Medical and sanitary report of the native army of Madras for the year
Year: 1878
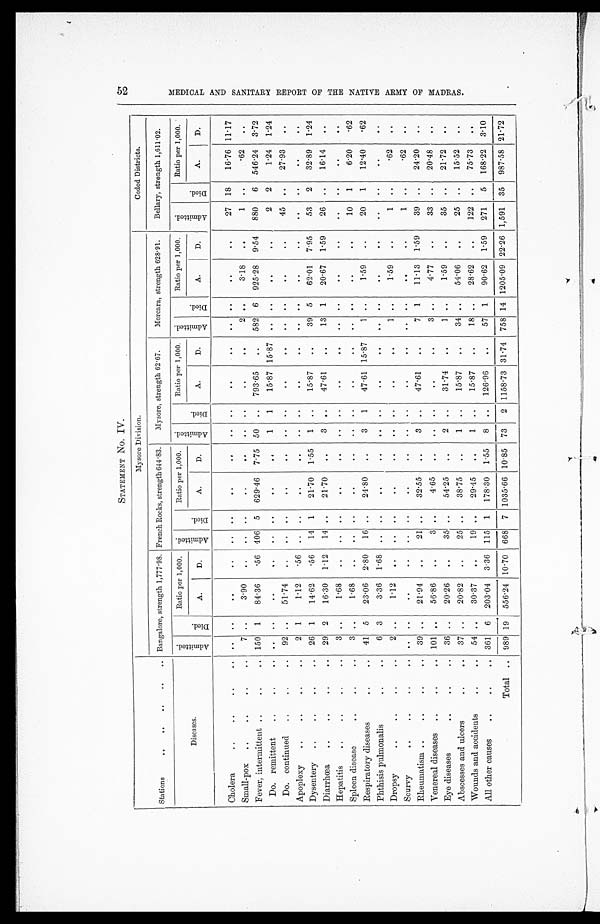
STATEMENT No. IV.
Stations . . .
Mysore Division.
Ceded Districts.
Bangalore, strength 1,777.98. French Rocks, strength 644.83.
Mysore, strength 62.67.
Mercara, strength 628.91.
Bellary, strength 1,611.02.
Diseases
Admitted.
D i e d .
Ratio per 1,000.
Admi t t ed.
Died.
Ratio per 1,000.
Admi t t ed.
D i e d .
Ratio per 1,000.
Admitted.
D i e d .
Ratio per 1,000.
Admitted.
Died
Ratio per 1,000.
A.
A.
D.
A.
D.
D.
A.
D.
A.
D.
Cholera . . .
. . .
. . .
. . .
. . .
. . .
. . .
. . .
. . .
. . .
. . .
. . .
. . .
. . .
. . .
. . .
. . .
27
18
16.76
11.17
Small-pox . . .
7
. . .
3.90
. . .
. . .
. . .
. . .
. . .
. . .
. . .
. . .
. . .
2
. . .
3.18
. . .
1
. . .
.62
. . .
Fever, intermittent . . .
150
1
84.36
. 5 6 406
5
629.46
7.75
50
. . .
793.65
. . .
582
6
925.28
9.54
880
6
546.24
3.72
Do. remittent . . .
. . .
. . .
. . .
. . .
. . .
. . .
. . .
. . .
1
1
15.87
15.87
. . .
. . .
. . .
. . .
2
2
1.24
1.24
Do. continued . . .
92
. . .
51.74
. . .
. . .
. . .
. . .
. . .
. . .
. . .
. . .
. . .
. . .
. . .
. . .
. . .
45
. . .
27.93
. . .
Apoplexy . . .
2
1
1.12
. 5 6
. . .
. . .
. . .
. . .
. . .
. . .
. . .
. . .
. . .
. . .
. . .
. . .
. . .
. . .
. . .
. . .
Dysentery . . .
26
1
14.62
. 5 6
14
1
21.70
1.55
1
. . .
15.87
. . .
39
5
62.01
7.95
53
2
32.89
1.24
Diarrhœa . . .
29
2
16.30
1.12
14
. . .
21.70
. . .
3
. . .
47.61
. . .
13
1
20.67
1.59
26
. . .
16.14
. . .
Hepatitis . . .
3
. . .
1.68
. . .
. . .
. . .
. . .
. . .
. . .
. . .
. . .
. . .
. . .
. . .
. . .
. . .
. . .
. . .
. . .
. . .
Spleen disease . . .
3
. . .
1.68
. . .
. . .
. . .
. . .
. . .
. . .
. . .
. . .
. . .
. . .
. . .
. . .
. . .
10
1
6.20
.62
Respiratory diseases . . .
41
5
23.06
2.80
16
. . .
24.80
. . .
3
1
47.61
15.87
1
. . .
1.59
. . .
20
1
12.40
.62
Phthisis pulmonalis . . .
6
3
3.36
1.68
. . .
. . .
. . .
. . .
. . .
. . .
. . .
. . .
. . .
. . .
. . .
. . .
. . .
. . .
. . .
. . .
Dropsy . . .
2
. . .
1.12
. . .
. . .
. . .
. . .
. . .
. . .
. . .
. . .
. . .
1
. . .
1.59
. . .
1
. . .
.62
. . .
Scurvy . . .
. . .
. . .
. . .
. . .
. . .
. . .
. . .
. . .
. . .
. . .
. . .
. . .
. . .
. . .
. . .
. . .
1
. . .
.62
. . .
Rheumatism . . .
39
. . .
21.94
. . .
21
. . .
32.55
. . .
3
. . .
47.61
. . .
7
1
11.13
1.59
39
. . .
24.20
. . .
Venereal diseases . . .
101
. . .
56.86
. . .
3
. . .
4.65
. . .
. . .
. . .
. . .
. . .
3
. . .
4.77
. . .
33
. . .
20.48
. . .
Eye diseases . . .
36
. . .
20.26
. . .
35
. . .
54.25
. . .
2
. . .
31.74
. . .
1
. . .
1.59
. . .
35
. . .
21.72
. . .
Abscesses and ulcers . . .
37
. . .
20.82
. . .
25
. . .
38.75
. . .
1
. . .
15.87
. . .
34
. . .
54.06
. . .
25
. . .
15.52
. . .
Wounds and accidents . . .
54
. . .
30.37
. . .
19
. . .
29.45
. . .
1
. . .
15.87
. . .
18
. . .
28.62
. . .
122
. . .
75.73
. . .
All other causes . . .
361
6
203.04
3.36
115
1
178.30
1.55
8
. . .
126.96
. . .
57
1
90.62
1.59
271
5
168.22
3.10
Total . . .
989 19
556.24
10.70
668
7
1035.66
10.85
73
2
1158.73
31.74
758 14
1205.09
22.26
1,591
35
987.58
21.72
52
M E D I C A L A N D S A N I T A R Y R E P O R T O F T H E N A T I V E A R M Y O F M A D R A S .